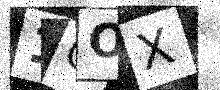
Text: 1COX